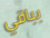
بباقي